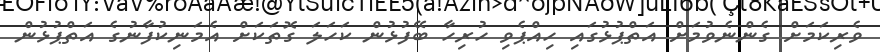
ވެރިކަމަށް ގެންނެވުމަށް އަތްޕުޅުގައި ހިއްޕެވި ހުރިހާ ބޭފުޅުން ކަހަލަ ގޮތަކަށް އެމަނިކުފާނުގެ އަތްޕުޅުން